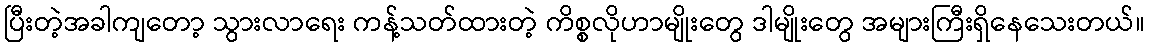
ပြီးတဲ့အခါကျတော့ သွားလာရေး ကန့်သတ်ထားတဲ့ ကိစ္စလိုဟာမျိုးတွေ ဒါမျိုးတွေ အများကြီးရှိနေသေးတယ်။